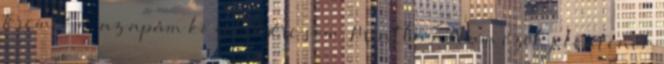
Teremtőm, az apám közelségére sem. Mintha nálam ezek jelentenék